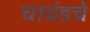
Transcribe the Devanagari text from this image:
चावंडचे